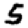
Digit: 5